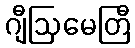
ဂျီဩမေတြီ